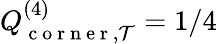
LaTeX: Q_{\mathrm{~c~o~r~n~e~r~},\mathcal{T}}^{(4)}=1/4